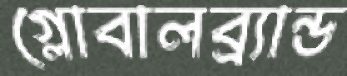
গ্লোবালব্র্যান্ড